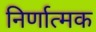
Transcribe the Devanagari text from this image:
निर्णात्मक